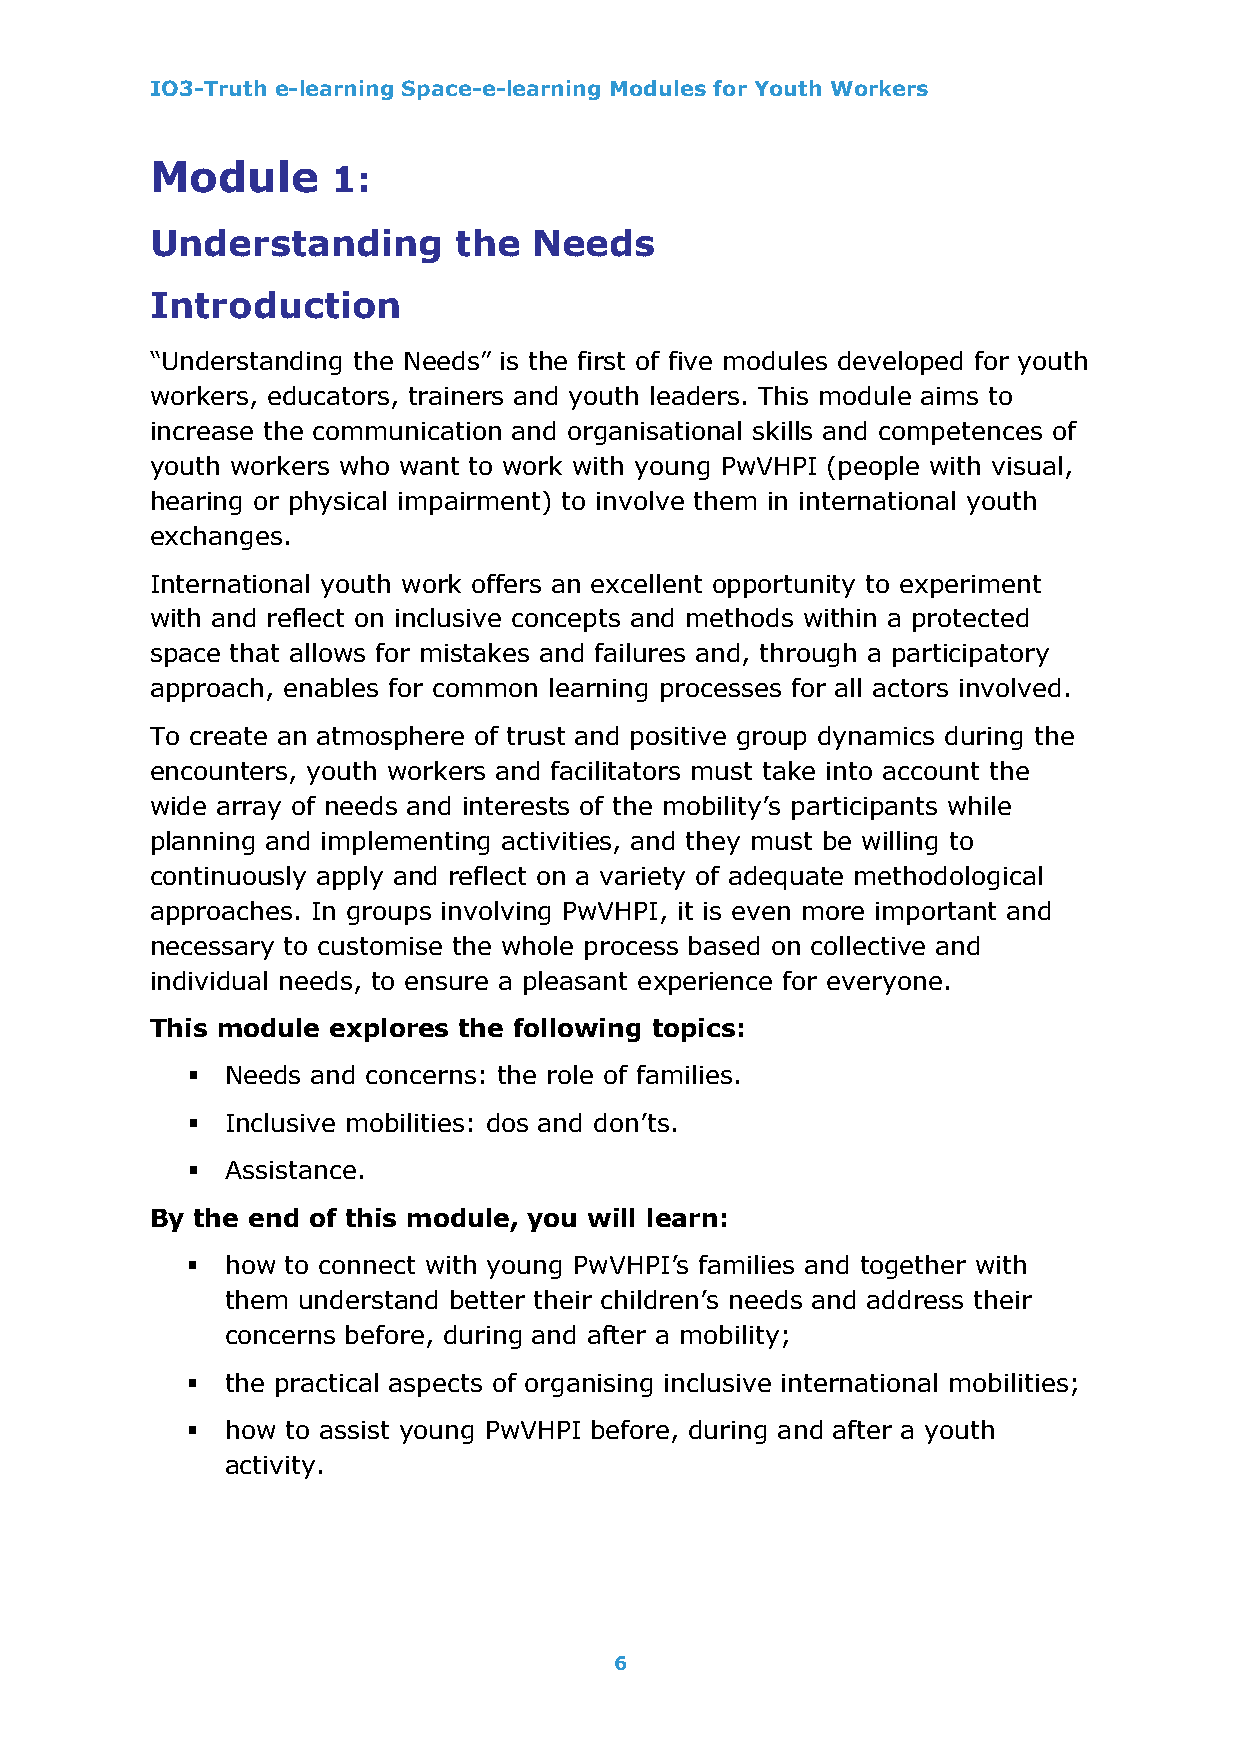
IO3-Truth e-learning Space-e-learning Modules for Youth Workers
 Module      1:
 Understanding       the  Needs
 Introduction
 “Understanding the Needs” is the first of five modules developed for youth
 workers, educators, trainers and youth leaders. This module aims to
 increase the communication and organisational skills and competences of
 youth workers who want to work with young PwVHPI (people with visual,
 hearing or physical impairment) to involve them in international youth
 exchanges.
 International youth work offers an excellent opportunity to experiment
 with and reflect on inclusive concepts and methods within a protected
 space that allows for mistakes and failures and, through a participatory
 approach, enables for common learning processes for all actors involved.
 To create an atmosphere of trust and positive group dynamics during the
 encounters, youth workers and facilitators must take into account the
 wide array of needs and interests of the mobility’s participants while
 planning and implementing activities, and they must be willing to
 continuously apply and reflect on a variety of adequate methodological
 approaches. In groups involving PwVHPI, it is even more important and
 necessary to customise the whole process based on collective and
 individual needs, to ensure a pleasant experience for everyone.
 This module explores the following topics:
 ▪  Needs and concerns: the role of families.
 ▪  Inclusive mobilities: dos and don’ts.
 ▪  Assistance.
 By the end of this module, you will learn:
 ▪  how to connect with young PwVHPI’s families and together with
 them understand better their children’s needs and address their
 concerns before, during and after a mobility;
 ▪  the practical aspects of organising inclusive international mobilities;
 ▪  how to assist young PwVHPI before, during and after a youth
 activity.
 6